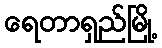
ရေတာရှည်မြို့